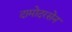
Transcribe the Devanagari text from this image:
दामोदरसेन